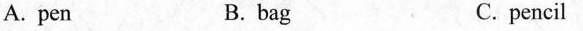
A. pen B. bag C.pencil